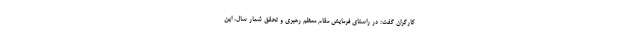
کارگران گفت: در راستای فرمایش مقام معظم رهبری و تحقق شعار سال، این